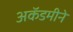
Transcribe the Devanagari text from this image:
अकॅडमीने